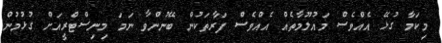
މިކަމާ ގުޅޭ އެއްވެސް މައުލޫމާތެއް އެއްވެސް ފަރާތަކުން ބޭނުންވާ ނަމަ މިނިސްޓްރީއަށް ގުޅުމުން